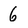
Character: 6